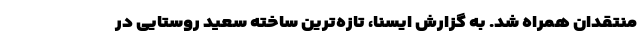
منتقدان همراه شد. به گزارش ایسنا، تازه‌ترین ساخته سعید روستایی در